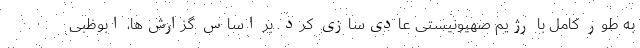
به طور کامل با رژیم صهیونیستی عادی‌سازی کرد. بر اساس گزارش‌ها، ابوظبی